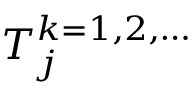
T _ { j } ^ { k = 1 , 2 , \dots }